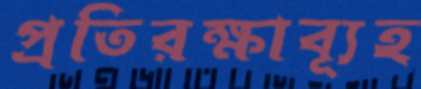
প্রতিরক্ষাব্যূহ